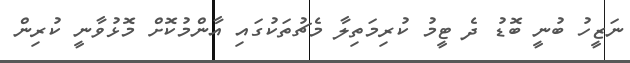
ނަޒީހު ބުނީ ބޮޑު ދެ ޓީމު ކުރިމަތިލާ މެޗުތަކުގައި އާންމުކޮށް މޮޅުވާނީ ކުރިން